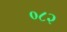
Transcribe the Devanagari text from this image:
०८२